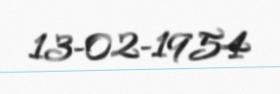
13-02-1954